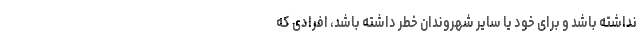
نداشته باشد و برای خود یا سایر شهروندان خطر داشته باشد، افرادی که